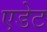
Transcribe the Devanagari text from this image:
एडेट